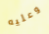
وعليه